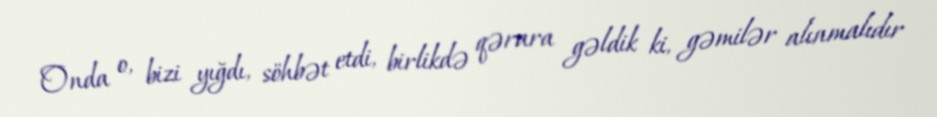
Onda o, bizi yığdı, söhbət etdi, birlikdə qərara gəldik ki, gəmilər alınmalıdır